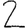
Digit: 2